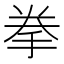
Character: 拳